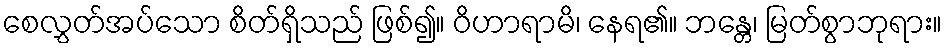
စေလွှတ်အပ်သော စိတ်ရှိသည် ဖြစ်၍။ ဝိဟာရာမိ၊ နေရ၏။ ဘန္တေ၊ မြတ်စွာဘုရား။